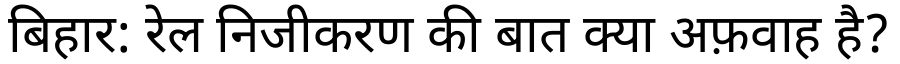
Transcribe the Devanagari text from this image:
बिहार: रेल निजीकरण की बात क्या अफ़वाह है?